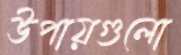
উপায়গুলো